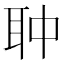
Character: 𦕏